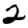
Digit: 2